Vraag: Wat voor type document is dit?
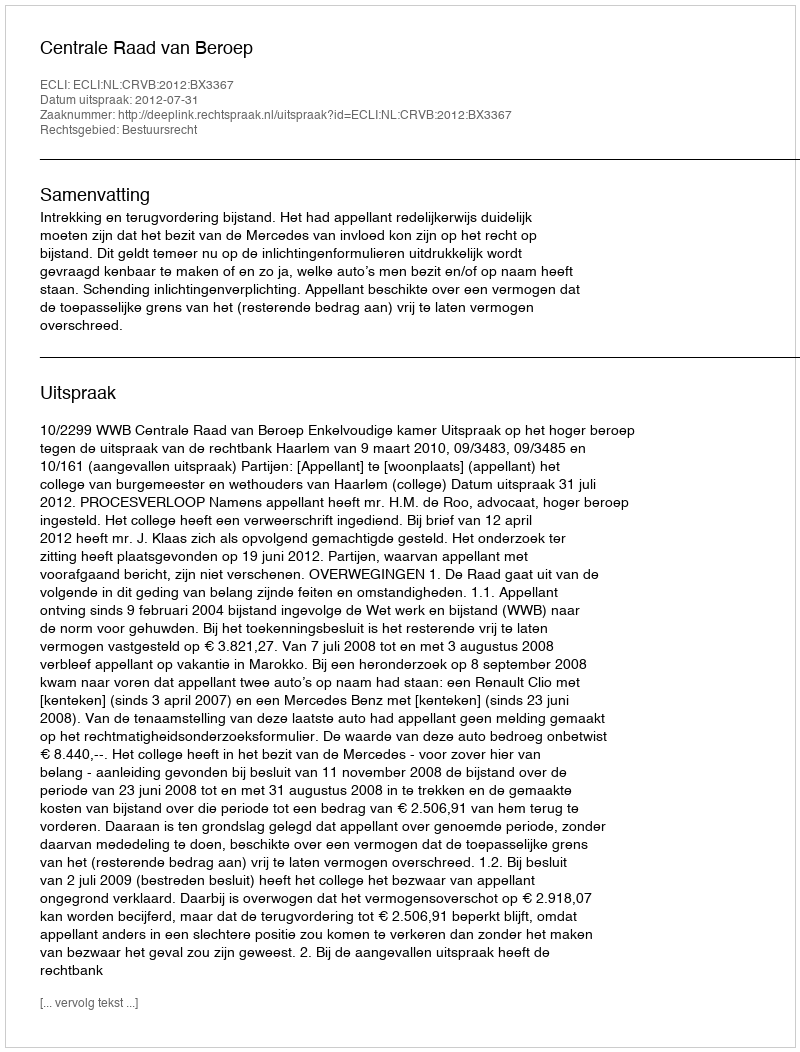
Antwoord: Uitspraak